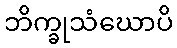
ဘိက္ခုသံဃောပိ